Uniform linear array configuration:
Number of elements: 32
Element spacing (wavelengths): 0.5
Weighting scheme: blackman
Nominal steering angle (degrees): -30
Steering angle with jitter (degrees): -29.696
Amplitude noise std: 0.05
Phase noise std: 0.05

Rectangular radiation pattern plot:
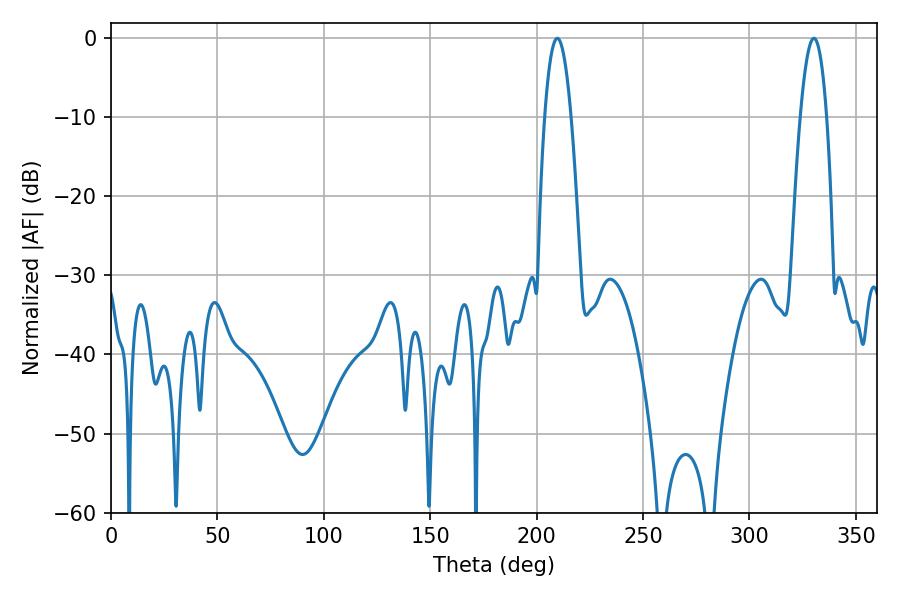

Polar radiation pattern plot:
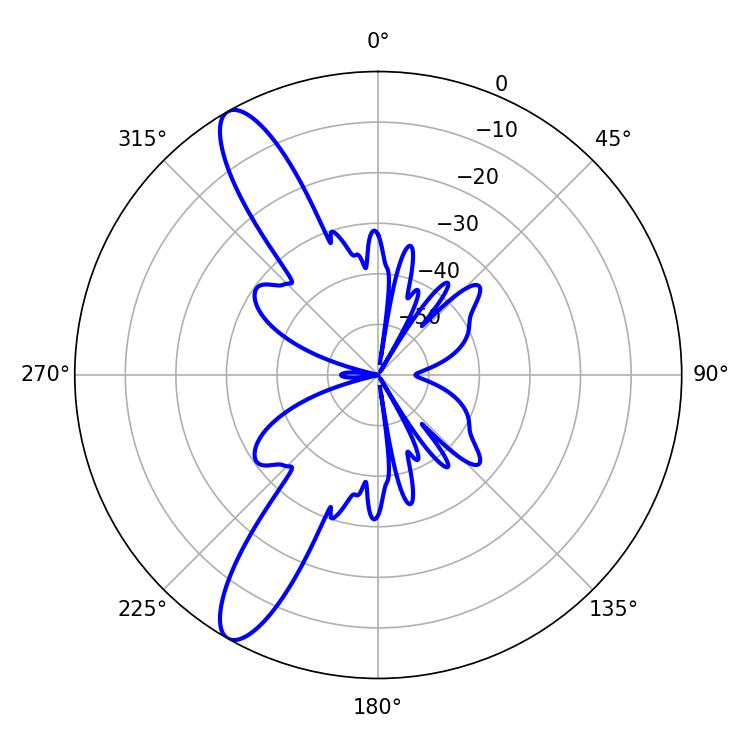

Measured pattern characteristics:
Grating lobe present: FALSE
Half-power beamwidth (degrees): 6.66
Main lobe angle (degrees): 209.7